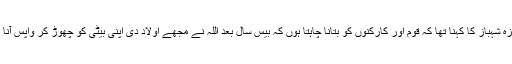
حمزہ شہباز کا کہنا تھا کہ قوم اور کارکنوں کو بتانا چاہتا ہوں کہ بیس سال بعد اللہ نے مجھے اولاد دی اپنی بیٹی کو چھوڑ کر واپس آنا پڑا۔